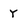
Character: y